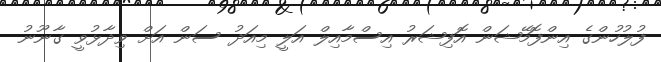
ފުލުހުންގެ އިންފޮމޭޝަން އޮފިޝަރު އިސްމާއިލް އަލީ މިއަދު ސަން އަށް ވިދާޅުވީ ގާނޫނު